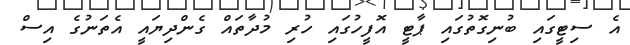
އެ ސިޓީގައި ބުނިގޮތުގައި ޕާޓީ އޮފީހުގައި ހުރި މުދާތައް ގެންދިޔައީ އެތަނުގެ އިސް